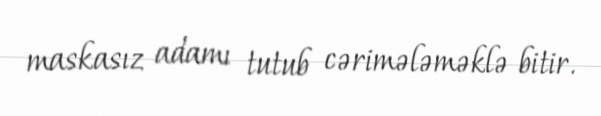
maskasız adamı tutub cərimələməklə bitir.